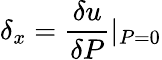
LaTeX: \delta_{x}=\frac{\delta{u}}{\delta{P}}\textbar{_{P=0}}